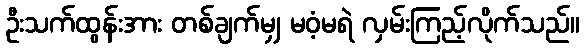
ဦးသက်ထွန်းအား တစ်ချက်မျှ မဝံ့မရဲ လှမ်းကြည့်လိုက်သည်။